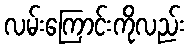
လမ်းကြောင်းကိုလည်း